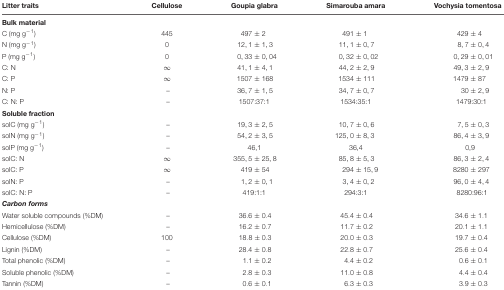
<table><thead><tr><td><b>Litter traits</b></td><td><b>Cellulose</b></td><td><b>Goupia glabra</b></td><td><b>Simarouba amara</b></td><td><b>Vochysia tomentosa</b></td></tr></thead><tbody><tr><td><b>Bulk material</b></td><td></td><td></td><td></td><td></td></tr><tr><td>C (mg g<sup>-1</sup>)</td><td>445</td><td>497 ± 2</td><td>491 ± 1</td><td>429 ± 4</td></tr><tr><td>N (mg g<sup>-1</sup>)</td><td>0</td><td>12, 1 ± 1, 3</td><td>11, 1 ± 0, 7</td><td>8, 7 ± 0, 4</td></tr><tr><td>P (mg g<sup>-1</sup>)</td><td>0</td><td>0, 33 ± 0, 04</td><td>0, 32 ± 0, 02</td><td>0, 29 ± 0, 01</td></tr><tr><td>C: N</td><td>∞</td><td>41, 1 ± 4, 1</td><td>44, 2 ± 2, 9</td><td>49, 3 ± 2, 9</td></tr><tr><td>C: P</td><td>∞</td><td>1507 ± 168</td><td>1534 ± 111</td><td>1479 ± 87</td></tr><tr><td>N: P</td><td>–</td><td>36, 7 ± 1, 5</td><td>34, 7 ± 0, 7</td><td>30 ± 2, 9</td></tr><tr><td>C: N: P</td><td>–</td><td>1507:37:1</td><td>1534:35:1</td><td>1479:30:1</td></tr><tr><td><b>Soluble fraction</b></td><td></td><td></td><td></td><td></td></tr><tr><td>solC (mg g<sup>-1</sup>)</td><td>–</td><td>19, 3 ± 2, 5</td><td>10, 7 ± 0, 6</td><td>7, 5 ± 0, 3</td></tr><tr><td>solN (mg g<sup>-1</sup>)</td><td>–</td><td>54, 2 ± 3, 5</td><td>125, 0 ± 8, 3</td><td>86, 4 ± 3, 9</td></tr><tr><td>solP (mg g<sup>-1</sup>)</td><td>–</td><td>46, 1</td><td>36, 4</td><td>0, 9</td></tr><tr><td>solC: N</td><td>∞</td><td>355, 5 ± 25, 8</td><td>85, 8 ± 5, 3</td><td>86, 3 ± 2, 4</td></tr><tr><td>solC: P</td><td>∞</td><td>419 ± 54</td><td>294 ± 15, 9</td><td>8280 ± 297</td></tr><tr><td>solN: P</td><td>–</td><td>1, 2 ± 0, 1</td><td>3, 4 ± 0, 2</td><td>96, 0 ± 4, 4</td></tr><tr><td>solC: N: P</td><td>–</td><td>419:1:1</td><td>294:3:1</td><td>8280:96:1</td></tr><tr><td><b><i>Carbon forms</i></b></td><td></td><td></td><td></td><td></td></tr><tr><td>Water soluble compounds (%DM)</td><td>–</td><td>36.6 ± 0.4</td><td>45.4 ± 0.4</td><td>34.6 ± 1.1</td></tr><tr><td>Hemicellulose (%DM)</td><td>–</td><td>16.2 ± 0.7</td><td>11.7 ± 0.2</td><td>20.1 ± 1.1</td></tr><tr><td>Cellulose (%DM)</td><td>100</td><td>18.8 ± 0.3</td><td>20.0 ± 0.3</td><td>19.7 ± 0.4</td></tr><tr><td>Lignin (%DM)</td><td>–</td><td>28.4 ± 0.8</td><td>22.8 ± 0.7</td><td>25.6 ± 0.4</td></tr><tr><td>Total phenolic (%DM)</td><td>–</td><td>1.1 ± 0.2</td><td>4.4 ± 0.2</td><td>0.6 ± 0.1</td></tr><tr><td>Soluble phenolic (%DM)</td><td>–</td><td>2.8 ± 0.3</td><td>11.0 ± 0.8</td><td>4.4 ± 0.4</td></tr><tr><td>Tannin (%DM)</td><td>–</td><td>0.6 ± 0.1</td><td>6.3 ± 0.3</td><td>3.9 ± 0.3</td></tr></tbody></table>